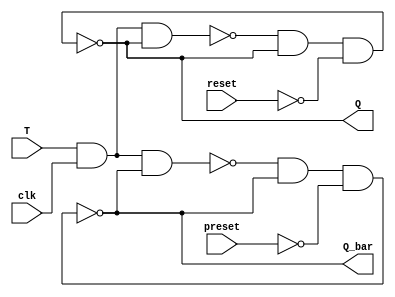
module T_FF(	output reg Q, output reg Q_bar, 
		input wire T, clk, reset, preset);

wire w1, w2;
wire Q_wire, Q_bar_wire;

nand lu(w1, T, clk, Q_bar_wire);
nand ld(w2, T, clk, Q_wire);
nand ru(Q_bar_wire, w1, Q_bar_wire, ~preset);
nand rd(Q_wire, w2, Q_wire, ~reset);

assign Q = Q_wire;
assign Q_bar = Q_bar_wire;

endmodule